Lunatic asylums Burma 1907-21 - 1907-1921
Year: 1907
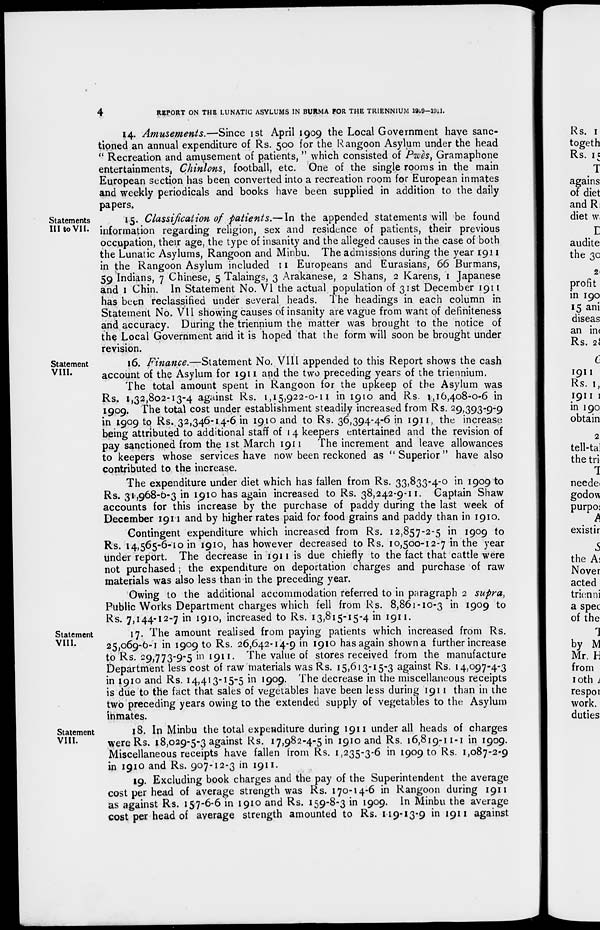
4
REPORT ON THE LUNATIC ASYLUMS IN BURMA FOR THE TRIENNIUM 1909-1911.
14. Amusements.—Since 1st April 1909 the Local Government have sanc-
tioned an annual expenditure of Rs. 500 for the Rangoon Asylum under the head
" Recreation and amusement of patients, " which consisted of Pwès, Gramaphone
entertainments, Chinlons, football, etc. One of the single rooms in the main
European section has been converted into a recreation room for European inmates
and weekly periodicals and books have been supplied in addition to the daily
papers.
Statements
III to VII.
15. Classification of patients.— In the appended statements will be found
information regarding religion, sex and residence of patients, their previous
occupation, their age, the type of insanity and the alleged causes in the case of both
the Lunatic Asylums, Rangoon and Minbu. The admissions during the year 1911
in the Rangoon Asylum included 11 Europeans and Eurasians, 66 Burmans,
59 Indians, 7 Chinese, 5 Talaings, 3 Arakanese, 2 Shans, 2 Karens, 1 Japanese
and 1 Chin. In Statement No. VI the actual population of 31st December 1911
has been reclassified under several heads. The headings in each column in
Statement No. VII showing causes of insanity are vague from want of definiteness
and accuracy. During the triennium the matter was brought to the notice of
the Local Government and it is hoped that the form will soon be brought under
revision.
Statement
VIII.
16. Finance.—Statement No. VIII appended to this Report shows the cash
account of the Asylum for 1911 and the two preceding years of the triennium.
The total amount spent in Rangoon for the upkeep of the Asylum was
Rs. 1,32,802-13-4 against Rs. 1,15,922-0-11 in 1910 and Rs. 1,16,408-0-6 in
1909. The total cost under establishment steadily increased from Rs. 29,393-9-9
in 1909 to Rs. 32,346-14-6 in 1910 and to Rs. 36,394-4-6 in 1911, the increase
being attributed to additional staff of 14 keepers entertained and the revision of
pay sanctioned from the 1st March 1911. The increment and leave allowances
to keepers whose services have now been reckoned as "Superior" have also
contributed to the increase.
The expenditure under diet which has fallen from Rs. 33,833-4-0 in 1909 to
Rs. 31,968-6-3 in 1910 has again increased to Rs. 38,242-9-11. Captain Shaw
accounts for this increase by the purchase of paddy during the last week of
December 1911 and by higher rates paid for food grains and paddy than in 1910.
Contingent expenditure which increased from Rs. 12,857-2-5 in 1909 to
Rs. 14,565-6-10 in 1910, has however decreased to Rs. 10,500-12-7 in the year
under report. The decrease in 1911 is due chiefly to the fact that cattle were
not purchased ; the expenditure on deportation charges and purchase of raw
materials was also less than in the preceding year.
Owing to the additional accommodation referred to in paragraph 2 supra,
Public Works Department charges which fell from Rs. 8,861-10-3 in 1909 to
Rs. 7,144-12-7 in 1910, increased to Rs. 13,815-15-4 in 1911.
Statement
VIII.
17. The amount realised from paying patients which increased from Rs.
25,069-6-1 in 1909 to Rs. 26,642-14-9 in 1910 has again shown a further increase
to Rs. 29,773-9-5 in 1911. The value of stores received from the manufacture
Department less cost of raw materials was Rs. 15,613-15-3 against Rs. 14,097-4-3
in 1910 and Rs. 14,413-15-5 in 1909. The decrease in the miscellaneous receipts
is due to the fact that sales of vegetables have been less during 1911 than in the
two preceding years owing to the extended supply of vegetables to the Asylum
inmates.
Statement
VIII.
18. In Minbu the total expenditure during 1911 under all heads of charges
were Rs. 18,029-5-3 against Rs. 17,982-4-5 in 1910 and Rs. 16,819-11-1 in 1909.
Miscellaneous receipts have fallen from Rs. 1,235-3-6 in 1909 to Rs. 1,087-2-9
in 1910 and Rs. 907-12-3 in 1911.
19. Excluding book charges and the pay of the Superintendent the average
cost per head of average strength was Rs. 170-14-6 in Rangoon during 1911
as against Rs. 157-6-6 in 1910 and Rs. 159-8-3 in 1909. In Minbu the average
cost per head of average strength amounted to Rs. 119-13-9 in 1911 against